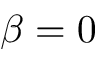
\beta = 0